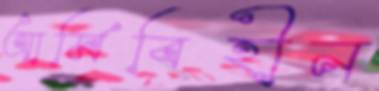
আর্মিবিহীন